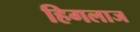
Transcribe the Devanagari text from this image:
हिगलाज